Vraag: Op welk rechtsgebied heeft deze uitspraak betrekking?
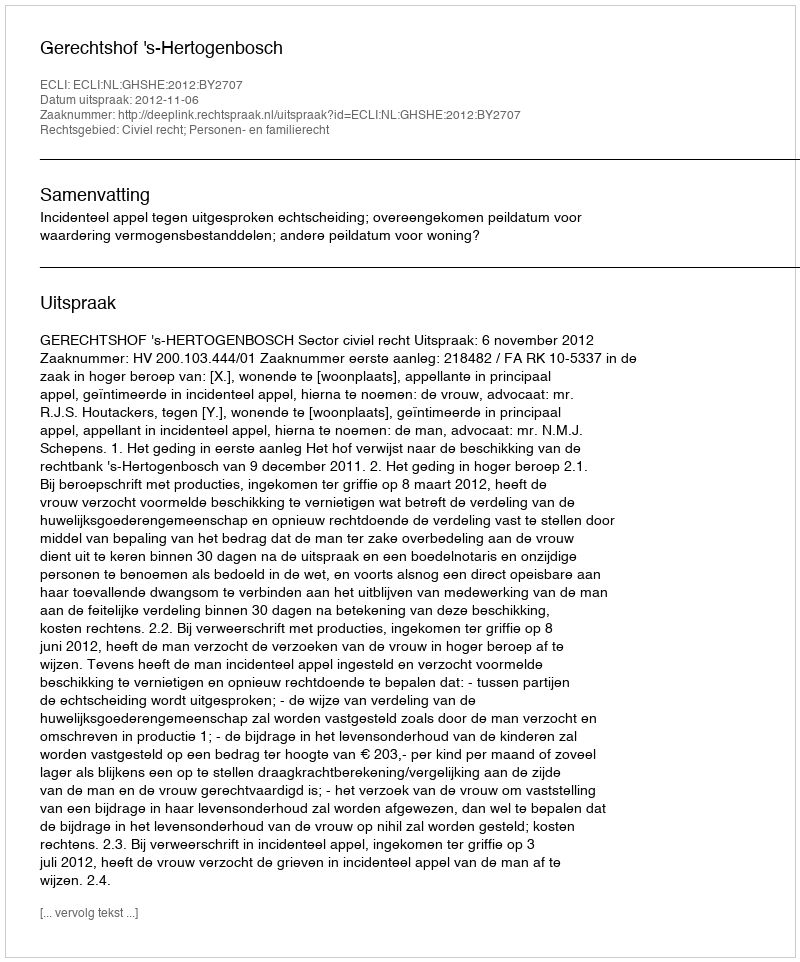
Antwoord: Civiel recht; Personen- en familierecht